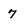
Character: 7